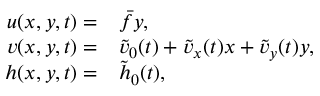
\begin{array} { r l } { { u } ( x , y , t ) = } & { { } \bar { f } y , } \\ { { v } ( x , y , t ) = } & { { } \tilde { v } _ { 0 } ( t ) + \tilde { v } _ { x } ( t ) x + \tilde { v } _ { y } ( t ) y , } \\ { { h } ( x , y , t ) = } & { { } \tilde { h } _ { 0 } ( t ) , } \end{array}